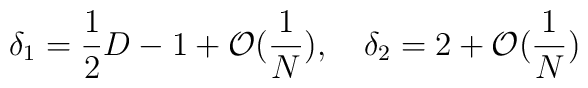
\delta_1=\frac{1}{2}D-1+\mathcal{O}(\frac{1}{N}), \quad \delta_2=2+\mathcal{O}(\frac{1}{N})